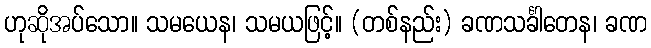
ဟုဆိုအပ်သော။ သမယေန၊ သမယဖြင့်။ (တစ်နည်း) ခဏသင်္ခါတေန၊ ခဏ